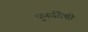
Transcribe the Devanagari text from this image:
पुनर्नवेची